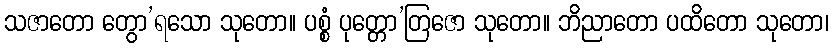
သဇာတော တွော’ရသော သုတော။ ပစ္စံ ပုတ္တော’တြဇော သုတော။ ဘိညာတော ပထိတော သုတော၊